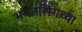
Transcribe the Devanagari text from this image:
भगतसिंगच्या